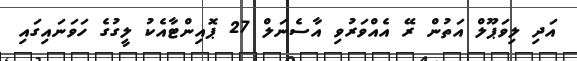
އަދި ލިވަޕޫލް އަތުން ރޭ އެއްވަރުވި އާސެނަލް 27 ޕޮއިންޓާއެކު ލީގުގެ ހަވަނައިގައި